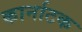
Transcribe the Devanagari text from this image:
कार्नाटक